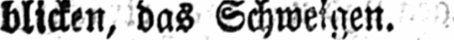
blicken, das Schweigen.